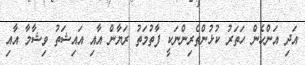
އަދި އަންހެން ހަތަރު ކުޅުންތެރިންނަކީ ފާތުމަތު ރަޔާން އާއި އައިޝަތު ވިޝާމާ އާއި